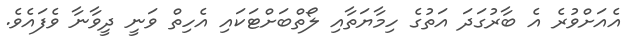
އެއަށްވުރެ އެ ބާރުގަދަ އަތުގެ ހިމާޔަތާއި ލޯތްބަށްޓަކައި އެހިތް ވަނީ ދީވާނާ ވެފައެވެ.